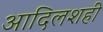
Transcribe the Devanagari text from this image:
आदिलशही